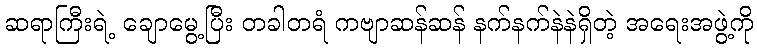
ဆရာကြီးရဲ့ ချောမွေ့ပြီး တခါတရံ ကဗျာဆန်ဆန် နက်နက်နဲနဲရှိတဲ့ အရေးအဖွဲ့ကို